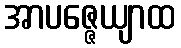
အာပဇ္ဇေယျာထ